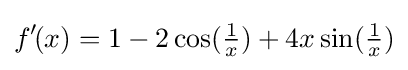
f'\!(x)=1-2\cos({\tfrac {1}{x}})+4x\sin({\tfrac {1}{x}})